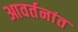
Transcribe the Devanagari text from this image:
आवर्तनांत